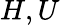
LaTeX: H,U